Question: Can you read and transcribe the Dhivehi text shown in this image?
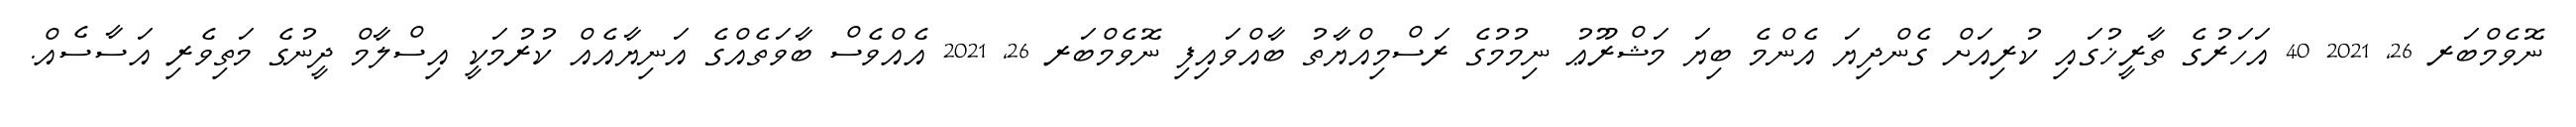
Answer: ނޮވެމްބަރ 26, 2021 40 އަހަރުގެ ތާރީޚުގައި ކުރިއަށް ގެންދިޔަ އެންމެ ބިޔަ މަޝްރޫޢު ނިމުމުގެ ރަސްމިއްޔާތު ބާއްވައިފި ނޮވެމްބަރ 26, 2021 އެއްވެސް ބާވަތެއްގެ އަނިޔާއެއް ކުރުމަކީ އިސްލާމް ދީނުގެ މަތިވެރި އަސާސެއް.